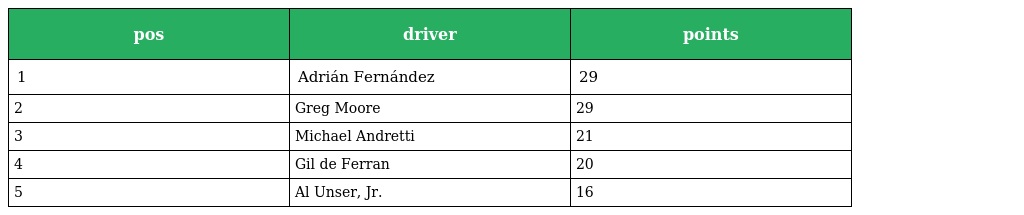
| pos | driver | points |
 | --- | --- | --- |
 | 1 | Adrián Fernández | 29 |
 | 2 | Greg Moore | 29 |
 | 3 | Michael Andretti | 21 |
 | 4 | Gil de Ferran | 20 |
 | 5 | Al Unser, Jr. | 16 |